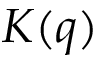
K ( q )